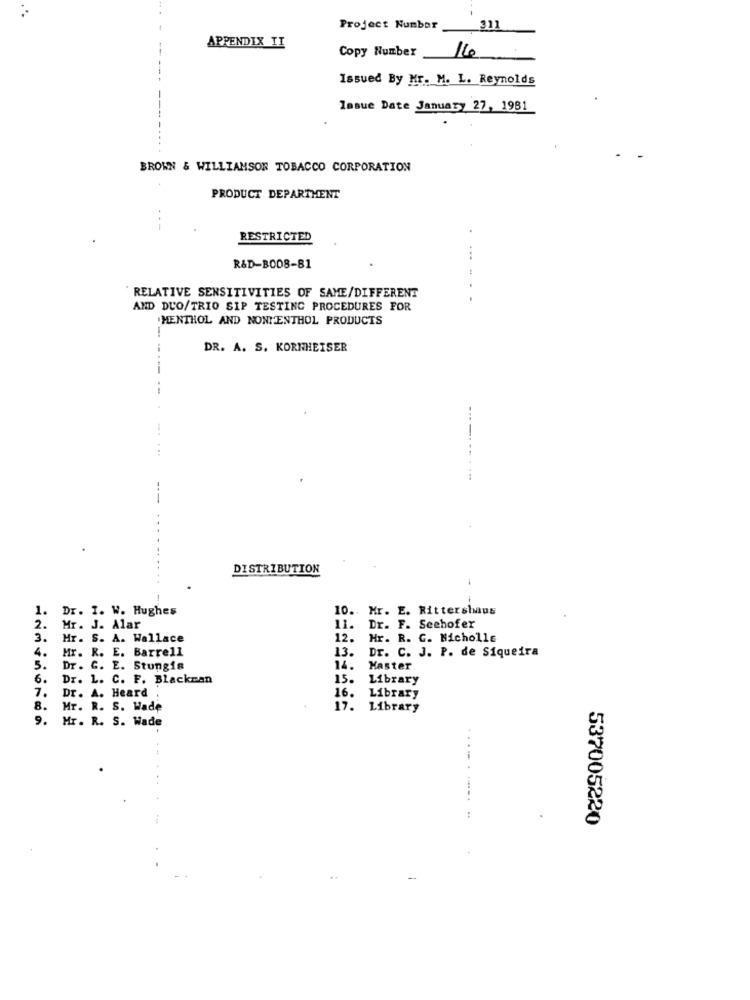
Project Number __ 311
APPENDIX II
Copy Number
16
Issued By Mr. M. L. Reynolds
lasue Date January 27, 1981
BROWN & WILLIAMSON TOBACCO CORPORATION
PRODUCT DEPARTMENT
--
RESTRICTED
...
R&D-B008-81
RELATIVE SENSITIVITIES OF SAME/DIFFERENT
AND DUO/TRIO SIP TESTING PROCEDURES FOR
MENTHOL AND NONMENTHOL PRODUCTS
DR. A. S. KORNHEISER
---
DISTRIBUTION
1.
Dr. I. W. Hughes
10. Mr. E. Rittershans
2.
Mr. J. Alar
11. Dr. F. Seehofer
3.
Hr. S. A. Wallace
12.
Hr. R. G. Nicholle
Mr. R. E. Barrell
13.
Dr. C. J. P. de Siqueira
4.
5.
Dr. C. E. Stungis
14. Master
6.
Dr. L. C. F. Blackman
15. Library
7.
Dr. A. Heard
16. Library
8.
Mr. R. S. Wade
17. Library
9.
Mr. R. S. Wade
...
---.
:
537005220
-